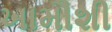
ખામૌશી